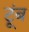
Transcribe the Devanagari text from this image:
टूंब